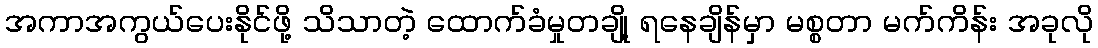
အကာအကွယ်ပေးနိုင်ဖို့ သိသာတဲ့ ထောက်ခံမှုတချို့ ရနေချိန်မှာ မစ္စတာ မက်ကိန်း အခုလို